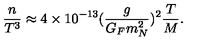
\frac { n } { T ^ { 3 } } \approx 4 \times 1 0 ^ { - 1 3 } ( \frac { g } { G _ { F } m _ { N } ^ { 2 } } ) ^ { 2 } \frac { T } { M } .